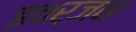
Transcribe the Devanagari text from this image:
इवर्जन